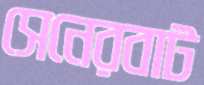
সেনেরবাট